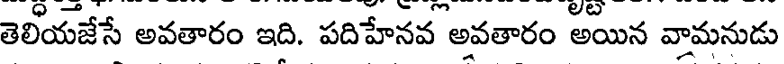
తెలియజేసే అవతారం ఇది. పదిహేనవ అవతారం అయిన వామనుడు